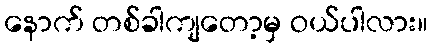
နောက် တစ်ခါကျတော့မှ ဝယ်ပါလား။